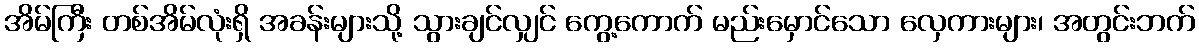
အိမ်ကြီး တစ်အိမ်လုံးရှိ အခန်းများသို့ သွားချင်လျှင် ကွေ့ကောက် မည်းမှောင်သော လှေကားများ၊ အတွင်းဘက်